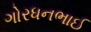
ગોરધનભાઈ